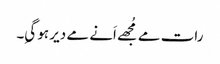
رات مے مُجھے اَنے مے دیر ہو گیِ۔